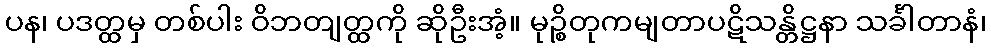
ပန၊ ပဒတ္ထမှ တစ်ပါး ဝိဘတျတ္ထကို ဆိုဦးအံ့။ မုဉ္စိတုကမျတာပဋိသန္တိဋ္ဌနာ သင်္ခါတာနံ၊